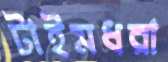
টাইমধরা